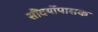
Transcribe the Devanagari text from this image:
सौंदर्योपासक